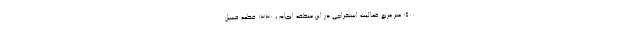
1500 متر مربع فعالیت استخراجی در این منطقه انجام ، 1330 قطعه فسیل